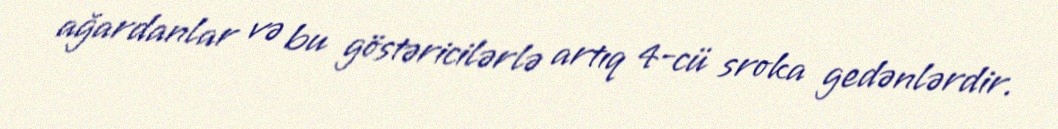
ağardanlar və bu göstəricilərlə artıq 4-cü sroka gedənlərdir.